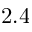
2 . 4